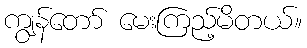
ကျွန်တော် မေးကြည့်မိတယ်။